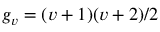
g _ { v } = ( v + 1 ) ( v + 2 ) / 2